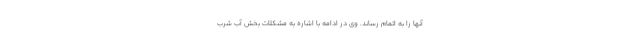
آنها را به اتمام رساند. وی در ادامه با اشاره به مشکلات بخش آب شرب